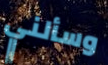
وسألني